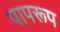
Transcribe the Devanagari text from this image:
पापरूप